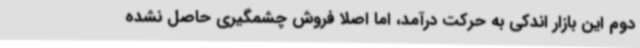
دوم این بازار اندکی به حرکت درآمد، اما اصلا فروش چشمگیری حاصل نشده